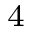
_ 4